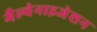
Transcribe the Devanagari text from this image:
गैल्वेनाइजेशन